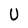
Character: U